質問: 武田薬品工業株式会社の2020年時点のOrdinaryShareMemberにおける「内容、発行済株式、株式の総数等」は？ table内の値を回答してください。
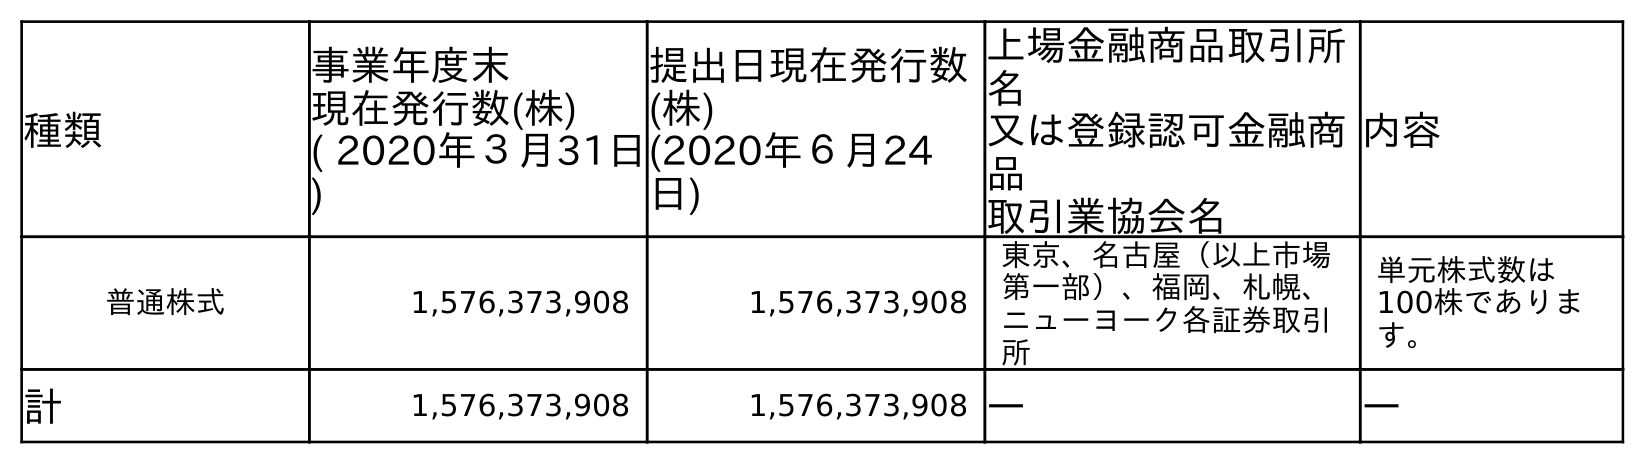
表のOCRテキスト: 種類 事業年度末 現在発行数(株) ( 2020年３月31日 ) 提出日現在発行数 (株) (2020年６月24 日) 上場金融商品取引所 名 又は登録認可金融商 品 取引業協会名 内容 普通株式 1,576,373,908 1,576,373,908 東京、名古屋（以上市場 第一部）、福岡、札幌、 ニューヨーク各証券取引 所 単元株式数は 100株でありま す。 計 1,576,373,908 1,576,373,908 ― ―
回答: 単元株式数は100株であります。